Indian journal of veterinary science and animal husbandry - Volumes 15-17, 1948-1951
Year: 1948
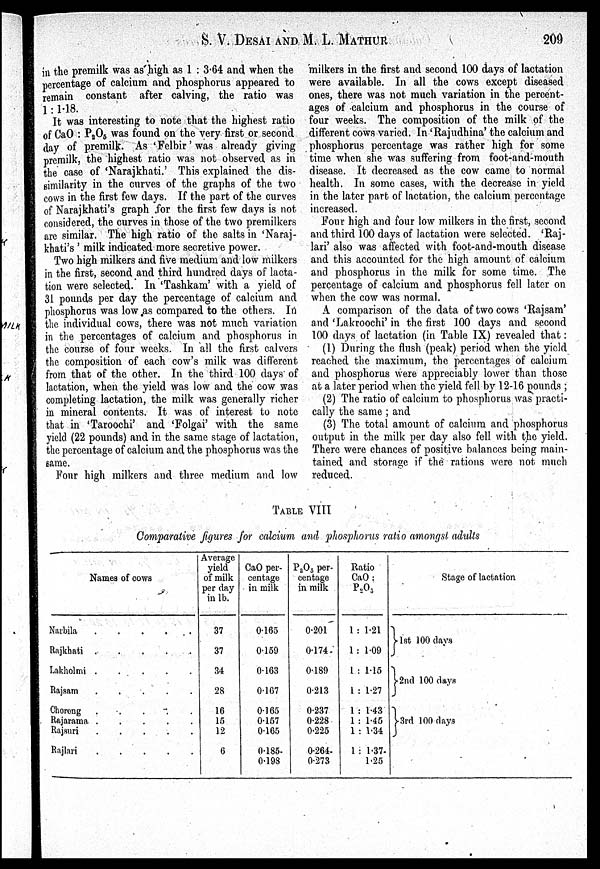
S. V. DESAI AND M. L.
MATHUR
209
in the premilk was as high as 1 : 3.64 and, when the
percentage of calcium and phosphorus appeared to
remain constant after calving, the ratio was
1:1.18.
It was interesting to note that the highest ratio
of CaO : P 2 O 5 was found on the very first or second
day of premilk. As 'Felbir' was already giving
premilk, the highest ratio was not observed as in
the case of 'Narajkhati.' This explained the dis-
similarity in the curves of the graphs of the two
cows in the first few days. If the part of the curves
of Narajkhati's graph for the first few days is not
considered, the curves in those of the two premilkers
are similar. The high ratio of the salts in 'Naraj-
khati's' milk indicated more secretive power.
Two high milkers and five medium and low milkers
in the first, second and third hundred days of lacta-
tion were selected. In 'Tashkam' with a yield of
31 pounds per day the percentage of calcium and
phosphorus was low as compared to the others. In
the individual cows, there was not much variation
in the percentages of calcium and phosphorus in
the course of four weeks. In all the first calvers
the composition of each cow's milk was different
from that of the other. In the third 100 days of
lactation, when the yield was low and the cow was
completing lactation, the milk was generally richer
in mineral contents. It was of interest to note
that in 'Taroochi' and 'Folgai' with the same
yield (22 pounds) and in the same stage of lactation,
the percentage of calcium and the phosphorus was the
same.
Four high milkers and three medium and low
milkers in the first and second 100 days of lactation
were available. In all the cows except diseased
ones, there was not much variation in the percent-
ages of calcium and phosphorus in the course of
four weeks. The composition of the milk of the
different cows varied. In 'Rajudhina' the calcium and
phosphorus percentage was rather high for some
time when she was suffering from foot-and-mouth
disease. It decreased as the cow came to normal
health. In some cases, with the decrease in yield
in the later part of lactation, the calcium percentage
increased.
Four high and four low milkers in the first, second
and third 100 days of lactation were selected. 'Raj-
lari' also was affected with foot-and-mouth disease
and this accounted for the high amount of calcium
and phosphorus in the milk for some time. The
percentage of calcium and phosphorus fell later on
when the cow was normal.
A comparison of the data of two cows 'Rajsam'
and 'Lakroochi' in the first 100 days and second
100 days of lactation (in Table IX) revealed that:
(1) During the flush (peak) period when the yield
reached the maximum, the percentages of calcium
and phosphorus were appreciably lower than those
at a later period when the yield fell by 12-16 pounds;
(2) The ratio of calcium to phosphorus was practi-
cally the same; and
(3) The total amount of calcium and phosphorus
output in the milk per day also fell with the yield.
There were chances of positive balances being main-
tained and storage if the rations were not much
reduced.
TABLE VIII
Comparative figures for calcium and phosphorus ratio amongst, adults
Names of cows
Narbila
Rajkhati
Lakholmi
.....
Rajsam
.....
Choreng
.....
Rajarama
Rajsuri
Rajlari
Average
yield
of milk
per day
in lb.
37
37
34
28
16
15
12
6
CaO per-
centage
in milk
0.165
0.159
0.163
0.167
0.165
0.157
0.165
0.185
0.198
P 2 O 5 per-
centage
in milk
0.201
0.174
0.189
0.213
0.237
0.228
0.225
0.264
0.273
Ratio
CaO:
P 2 O 5
1 : 1.21
1 : 1.09
1 : 1.15
1 : 1.27
1 : 1.43
1 : 1.45
1 : 1.34
1 : 1.37
1.25
Stage of lactation
1st 100 days
2nd 100 days
3rd 100 days